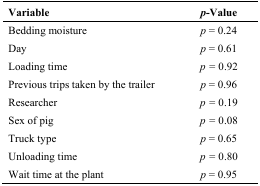
| Variable | p-Value |
 | --- | --- |
 | Bedding moisture | p = 0.24 |
 | Day | p = 0.61 |
 | Loading time | p = 0.92 |
 | Previous trips taken by the trailer | p = 0.96 |
 | Researcher | p = 0.19 |
 | Sex of pig | p = 0.08 |
 | Truck type | p = 0.65 |
 | Unloading time | p = 0.80 |
 | Wait time at the plant | p = 0.95 |